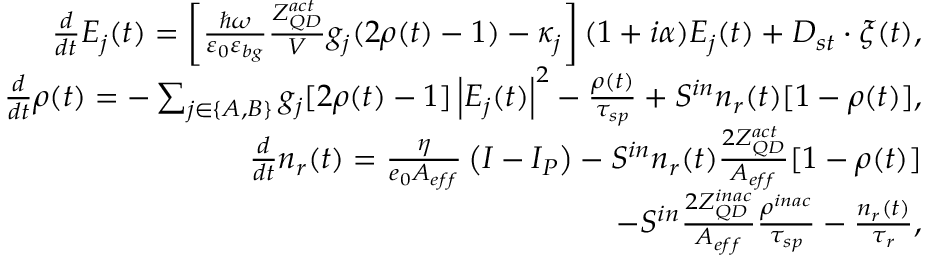
\begin{array} { r } { \frac { d } { d t } E _ { j } ( t ) = \left[ \frac { \hbar \omega } { \varepsilon _ { 0 } \varepsilon _ { b g } } \frac { Z _ { Q D } ^ { a c t } } { V } g _ { j } ( 2 \rho ( t ) - 1 ) - \kappa _ { j } \right] ( 1 + i \alpha ) E _ { j } ( t ) + D _ { s t } \cdot \xi ( t ) , } \\ { \frac { d } { d t } \rho ( t ) = - \sum _ { j \in \{ A , B \} } g _ { j } [ 2 \rho ( t ) - 1 ] \left| E _ { j } ( t ) \right| ^ { 2 } - \frac { \rho ( t ) } { \tau _ { s p } } + S ^ { i n } n _ { r } ( t ) [ 1 - \rho ( t ) ] , } \\ { \frac { d } { d t } n _ { r } ( t ) = \frac { \eta } { e _ { 0 } A _ { e f f } } \left( I - I _ { P } \right) - S ^ { i n } n _ { r } ( t ) \frac { 2 Z _ { Q D } ^ { a c t } } { A _ { e f f } } [ 1 - \rho ( t ) ] } \\ { - S ^ { i n } \frac { 2 Z _ { Q D } ^ { i n a c } } { A _ { e f f } } \frac { \rho ^ { i n a c } } { \tau _ { s p } } - \frac { n _ { r } ( t ) } { \tau _ { r } } , } \end{array}